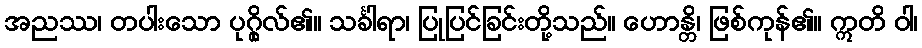
အညဿ၊ တပါးသော ပုဂ္ဂိုလ်၏။ သင်္ခါရာ၊ ပြုပြင်ခြင်းတို့သည်။ ဟောန္တိ၊ ဖြစ်ကုန်၏။ ဣတိ ဝါ၊